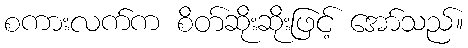
စကားလက်က စိတ်ဆိုးဆိုးဖြင့် အော်သည်။